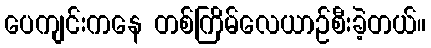
ပေကျင်းကနေ တစ်ကြိမ်လေယာဉ်စီးခဲ့တယ်။